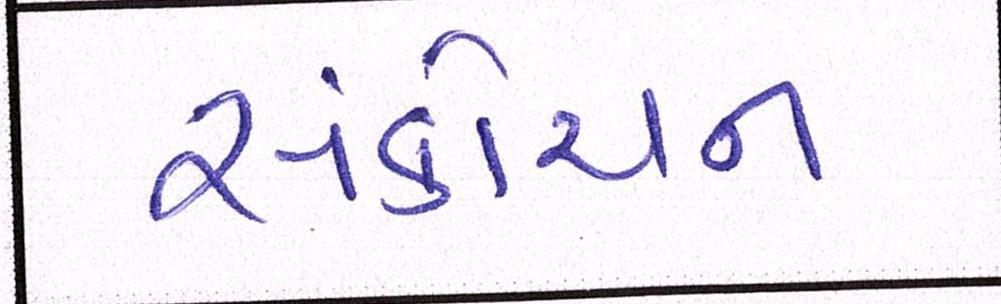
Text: સંકોચન